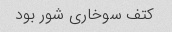
کتف سوخاری شور بود